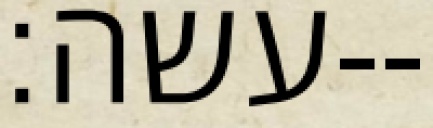
עשה׃--